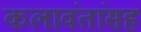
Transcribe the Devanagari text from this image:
कलावंतांसह